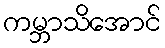
ကမ္ဘာသိအောင်